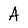
Character: A